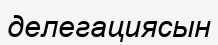
делегациясын